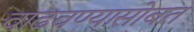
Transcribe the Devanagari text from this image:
वाढवण्यासोबत